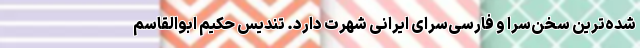
شده‌ترین سخن‌سرا و فارسی‌سرای ایرانی شهرت دارد. تندیس حکیم ابوالقاسم